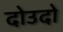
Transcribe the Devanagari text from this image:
दोउदो